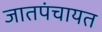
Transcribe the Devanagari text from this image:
जातपंचायत